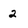
Character: 2